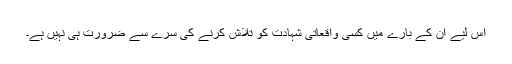
اس لیے ان کے بارے میں کسی واقعاتی شہادت کو تلاش کرنے کی سرے سے ضرورت ہی نہیں ہے۔